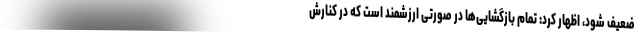
ضعیف شود، اظهار کرد: تمام بازگشایی‌ها در صورتی ارزشمند است که در کنارش